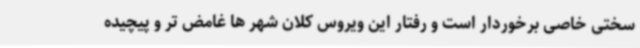
سختی خاصی برخوردار است و رفتار این ویروس کلان شهر ها غامض تر و پیچیده